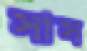
সাস